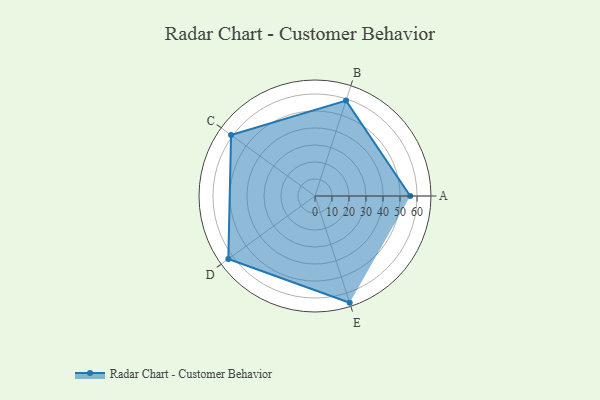
{"axis": {"x": "Skill", "y": "Score"}, "legend": ["Profile"], "data": [{"x": "A", "y": 56.0, "type": "Profile"}, {"x": "B", "y": 59.0, "type": "Profile"}, {"x": "C", "y": 61.0, "type": "Profile"}, {"x": "D", "y": 63.0, "type": "Profile"}, {"x": "E", "y": 66.0, "type": "Profile"}]}